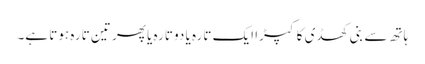
ہاتھ سے بنی کھڈی کا کپڑا ایک تارہ یا دو تارہ یا پھر تین تارہ ہوتا ہے۔